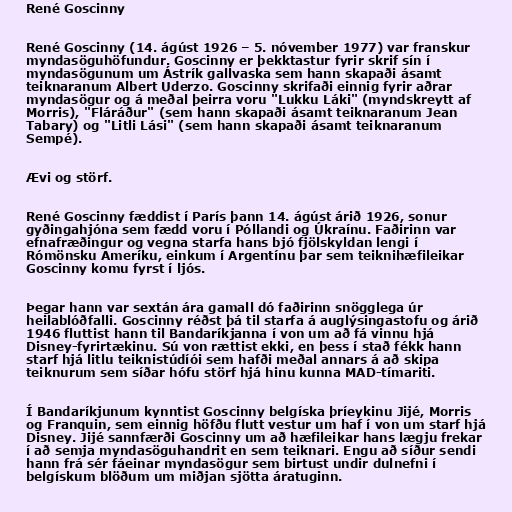
René Goscinny

René Goscinny (14. ágúst 1926 – 5. nóvember 1977) var franskur
myndasöguhöfundur. Goscinny er þekktastur fyrir skrif sín í
myndasögunum um Ástrík gallvaska sem hann skapaði ásamt
teiknaranum Albert Uderzo. Goscinny skrifaði einnig fyrir aðrar
myndasögur og á meðal þeirra voru "Lukku Láki" (myndskreytt af
Morris), "Fláráður" (sem hann skapaði ásamt teiknaranum Jean
Tabary) og "Litli Lási" (sem hann skapaði ásamt teiknaranum
Sempé).

Ævi og störf.

René Goscinny fæddist í París þann 14. ágúst árið 1926, sonur
gyðingahjóna sem fædd voru í Póllandi og Úkraínu. Faðirinn var
efnafræðingur og vegna starfa hans bjó fjölskyldan lengi í
Rómönsku Ameríku, einkum í Argentínu þar sem teiknihæfileikar
Goscinny komu fyrst í ljós.

Þegar hann var sextán ára gamall dó faðirinn snögglega úr
heilablóðfalli. Goscinny réðst þá til starfa á auglýsingastofu og árið
1946 fluttist hann til Bandaríkjanna í von um að fá vinnu hjá
Disney-fyrirtækinu. Sú von rættist ekki, en þess í stað fékk hann
starf hjá litlu teiknistúdíói sem hafði meðal annars á að skipa
teiknurum sem síðar hófu störf hjá hinu kunna MAD-tímariti.

Í Bandaríkjunum kynntist Goscinny belgíska þríeykinu Jijé, Morris
og Franquin, sem einnig höfðu flutt vestur um haf í von um starf hjá
Disney. Jijé sannfærði Goscinny um að hæfileikar hans lægju frekar
í að semja myndasöguhandrit en sem teiknari. Engu að síður sendi
hann frá sér fáeinar myndasögur sem birtust undir dulnefni í
belgískum blöðum um miðjan sjötta áratuginn.